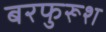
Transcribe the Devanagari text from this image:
बरफुरूश